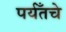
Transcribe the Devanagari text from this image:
पर्यँतचे